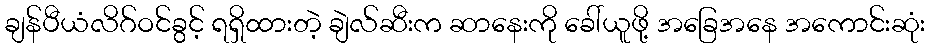
ချန်ပီယံလိဂ်ဝင်ခွင့် ရရှိထားတဲ့ ချဲလ်ဆီးက ဆာနေးကို ခေါ်ယူဖို့ အခြေအနေ အကောင်းဆုံး